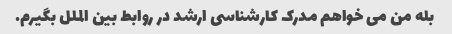
بله من می خواهم مدرک کارشناسی ارشد در روابط بین الملل بگیرم.